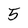
Character: 5